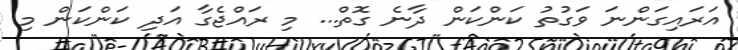
އަރައިގަންނަ ވަގުތު ކަންކަން ދާނެ ގޮތް... މި ރައްޖެގާ އަދި ކަންކަން މި